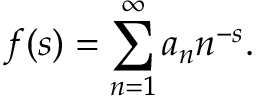
f ( s ) = \sum _ { n = 1 } ^ { \infty } a _ { n } n ^ { - s } .